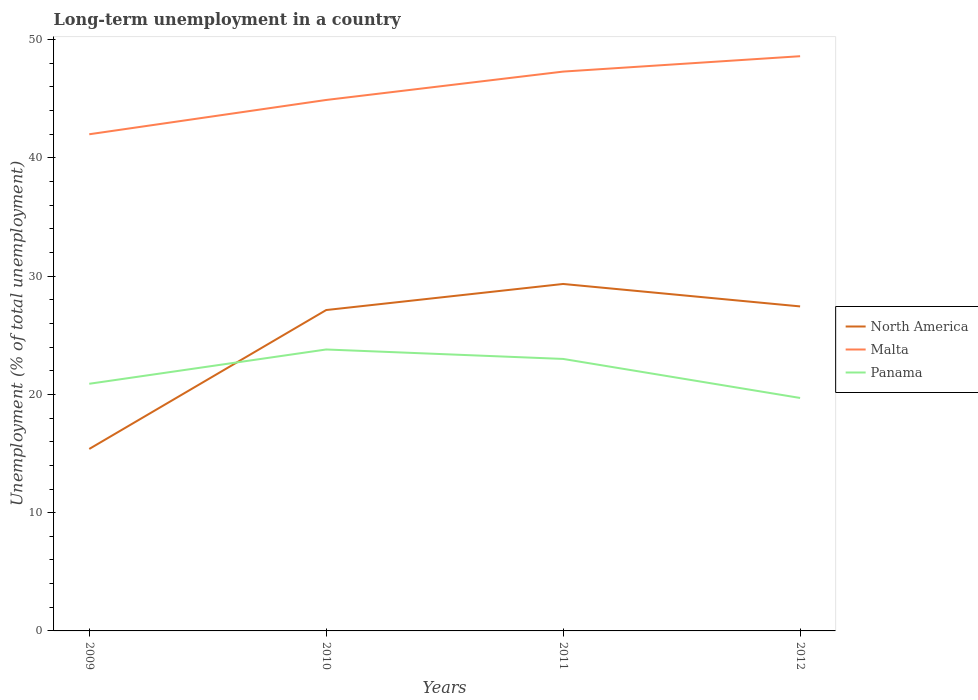
| Years | North America | Malta | Panama |
 | --- | --- | --- | --- |
 | 2009 | 15.4 | 42 | 20.9 |
 | 2010 | 27.1 | 44.9 | 23.8 |
 | 2011 | 29.3 | 47.3 | 23 |
 | 2012 | 27.4 | 48.6 | 19.7 |